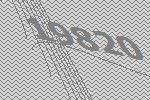
19820